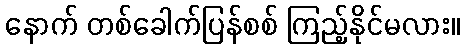
နောက် တစ်ခေါက်ပြန်စစ် ကြည့်နိုင်မလား။